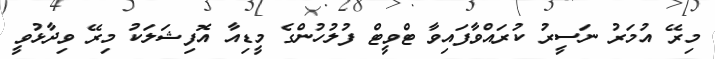
މިރޭ އުމަރު ނަސީރު ކުރައްވާފައިވާ ޓްވީޓް ފުލުހުންގެ މީޑިއާ އޮފިޝަލަކު މިރޭ ވިދާޅުވީ